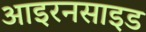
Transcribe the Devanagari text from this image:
आइरनसाइड